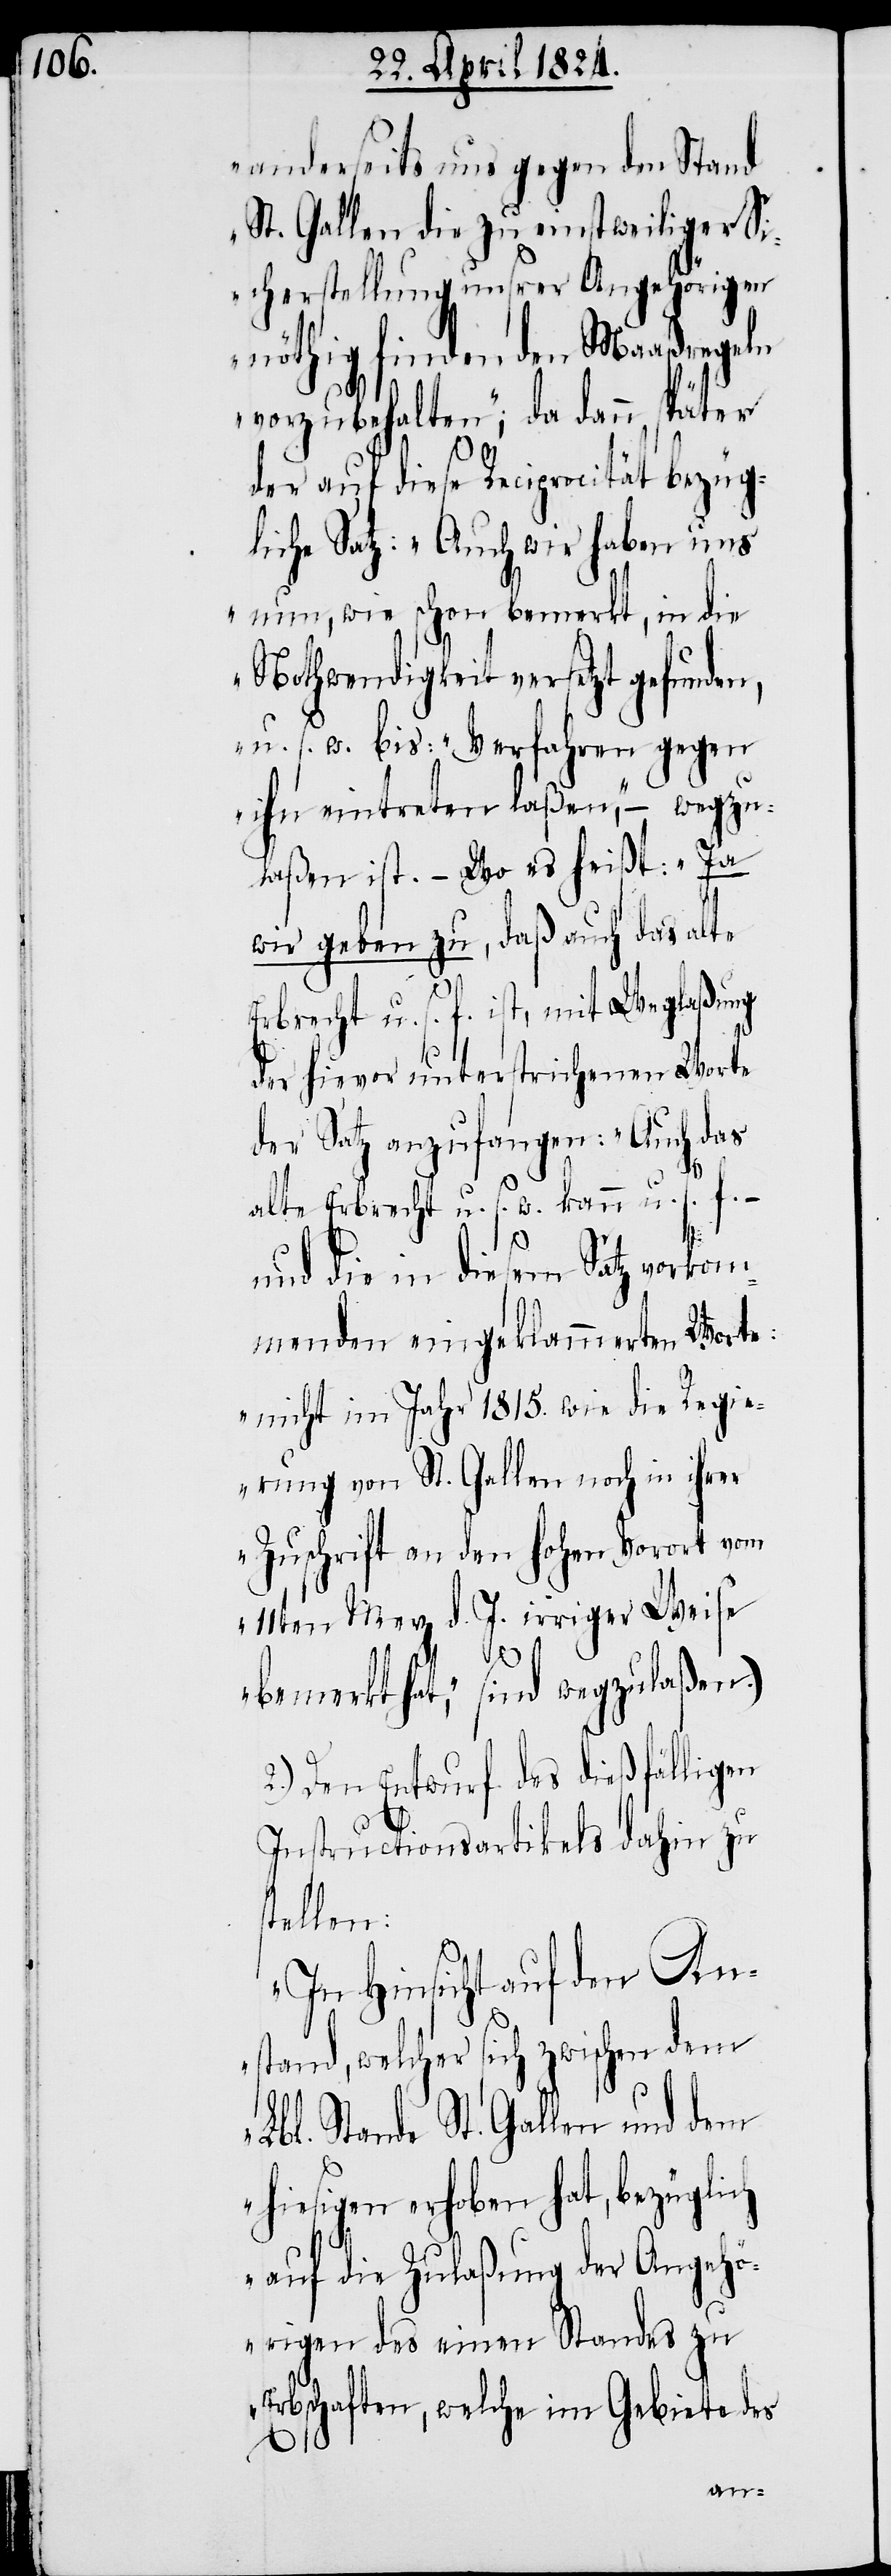
anderseits uns gegen den Stand
St. Gallen die zu einstweiliger Si¬
cherstellung unsrer Angehörigen
nöthig findenden Maaßregeln
vorzubehalten“; da dann später
der auf diese Reciprocität bezü¬
gliche Satz: „Auch wir haben uns
nun, wie schon bemerkt, in die
Nothwendigkeit versetzt gefunden,
u. s. w. bis: „Verfahren gegen
ihn eintreten laßen“, – wegzu¬
laßen ist. – Wo es heißt: „Ja
wir geben zu, daß auch das alte
Erbrecht u. s. f. ist, mit Weglaßung
der hievor unterstrichenen Worte
der Satz anzufangen: „Auch das
s¬
alte Erbrecht u. s. w. kann u. s. f. –
und die in diesem Satz vorkom¬
menden eingeklammerten Worte:
„nicht im Jahr 1815. wie die Regie¬
rung von St. Gallen noch in ihrer
Zuschrift an den hohen Vorort vom
11ten Merz d. J. irriger Weise
bemerkt hat“, sind wegzulaßen.)
2.) Den Entwurf des dießfälligen
Instructionsarticels dahin zu
tellen:
„In Hinsicht auf den An¬
stand, welcher sich zwischen dem
Lbl. Stande St. Gallen und dem
hiesigen erhoben hat, bezüglich
auf die Zulaßung der Angehö¬
rigen des einen Standes zu
Erbschaften, welche im Gebiete des